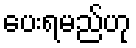
ပေးရမည်ဟု